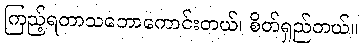
ကြည့်ရတာသဘောကောင်းတယ်၊ စိတ်ရှည်တယ်။